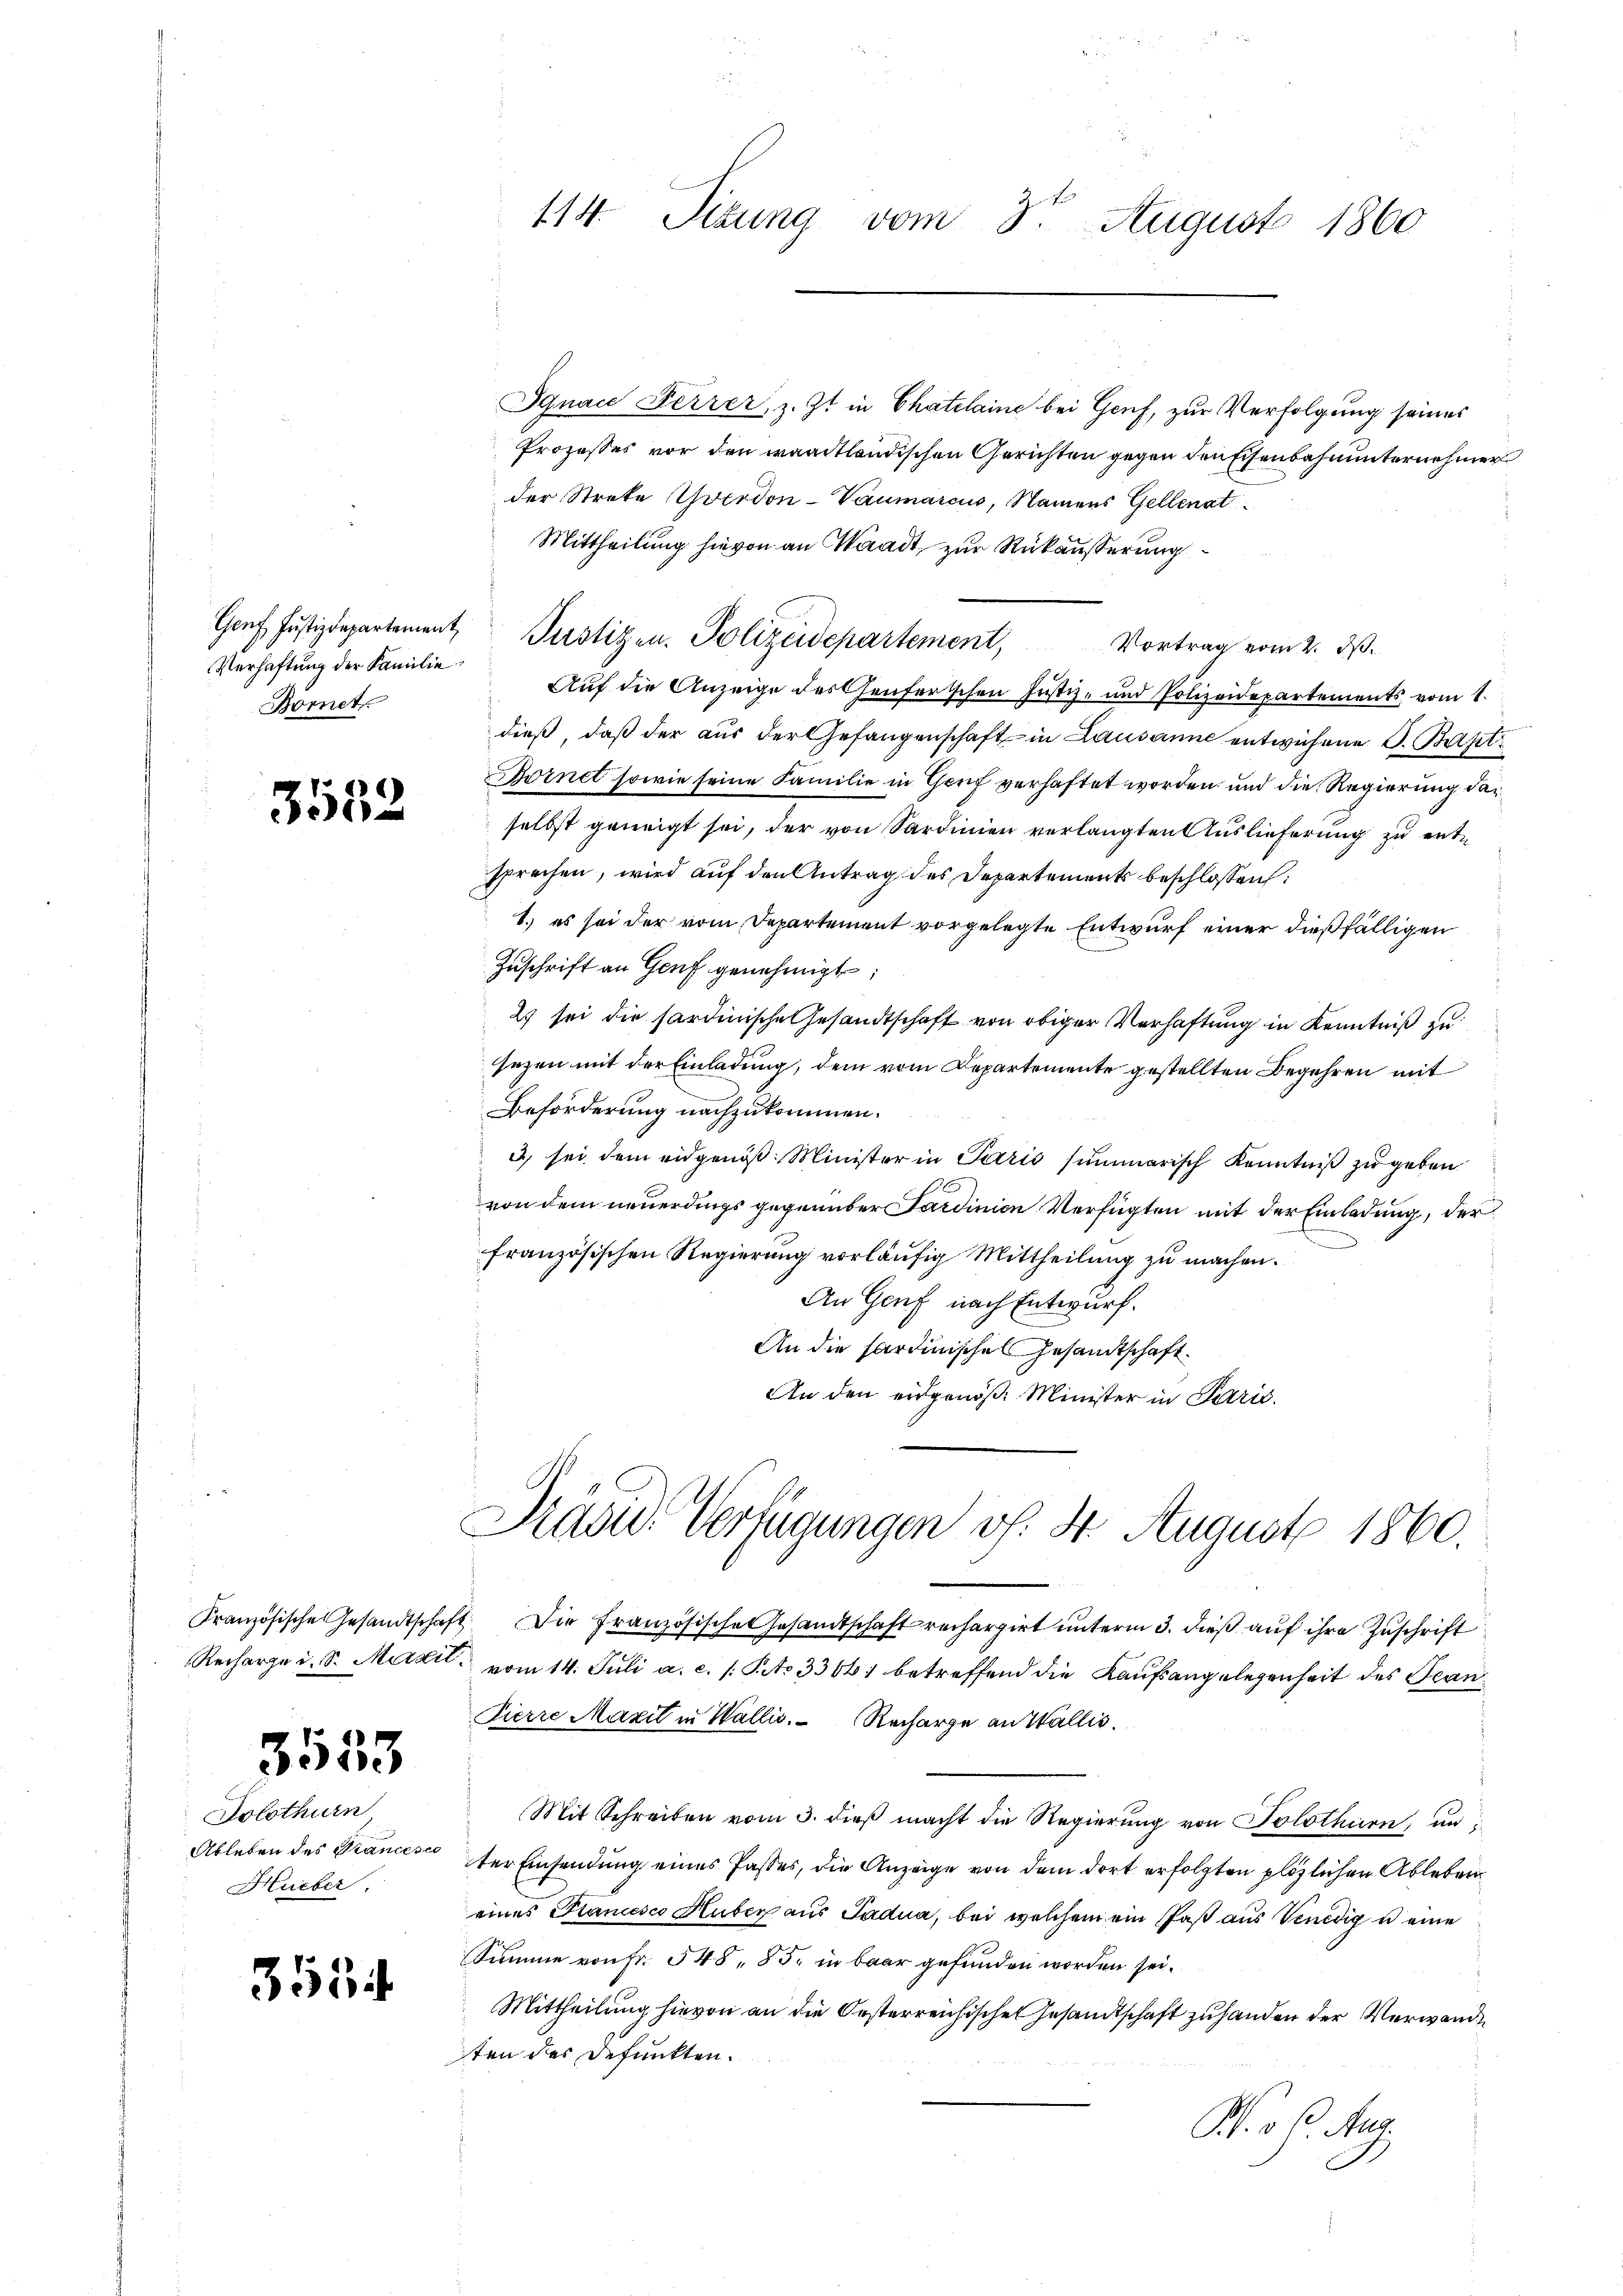
Verhaftung der Familie
Bornet

3532

3553

Solothurn
Hueber:

3534

114. Sitzung vom 3. August 1860

Ignace Ferrer, z. Zt. in Chatelaine bei Genf, zur Verfolgung seines
Prozesses vor den waadtländischen Gerichten gegen den Eisenbahnunternehmer
der Strete verdon-Vaumarius, Namens Gellenat
Mittheilung hievon an Waadt, zur Rückäußerung
Vortrag vom 2. J.
Auf die Anzeige des Genfertschen Justiz- und Polizeidepartements vom 1.
dieß, daß der aus der Gefangenschaft in Lausanne entwichene S. Bapt.
Dornet sowie seine Familie in Genf verhaftet worden und die Regierung daselbst geneigt sei, der von Sardinien verlangten Auslieferung zu entsprechen, wird auf den Antrag des Departements beschlossen:
1.) es sei der vom Departement vorgelegte Entwurf einer dießfälligen
Zuschrift an Genf genehmigt;
2) sei die sardinische Gesandtschaft von obiger Verhaftung in Kenntniß zu
sezen mit der Einladung, dem vom Departemente gestellten Begehren mit
Beförderung nachzukommen.
3) sei dem eidgenöß. Minister in Paris summarisch Kenntniß zu geben
von dem neuerdings gegenüber Sardinien Verfügten mit der Einladung, der
französischen Regierung vorläufig Mittheilung zu machen.
An Genf nach Entwurf.
An die hardinisches Gesamtschaft
An den eidgenöß. Minister in Parić.

Genf Justizdepartement, Pustizen. Polizeidepartement,

Kranzösische Gesandtschaft Die französische Gesandtschaft rechargirt unterm 3. dieß auf ihre Zuschrift
Recharge u. S. Maxil vom 14. Juli a. c. s. Pito 3364 betreffend die Kaufsangelegenheit des Tean¬
Pierre Maxit in Wallis. Recharge an Wallis.
Mit Schreiben vom 3. dieß macht die Regierung von Solothurn, un
Ableben des Grances der Einsendung eines Passes, die Anzeige von dem dort erfolgten plötzlichen Ableben
eines Plancesco Huber aus Padua, bei welchem ein Paß aus Venedig u eine
Summe von Fr. 548. 85. in baar gefunden worden sei.
Mittheilung hievon an die Oesterreichischen Gesandtschaft zu handen der Verwande
ten des defunkten.
Pr. v. 6. Aug.

Präsid. Verfügungen v. 4. August 1860.